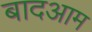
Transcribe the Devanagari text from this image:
बादआम